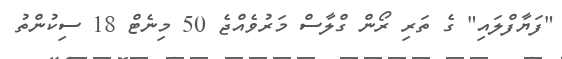
"ފަޔާފްލައި" ގެ ތަރި ރޯން ގްލާސް މަރުވެއްޖެ 50 މިނެޓް 18 ސިކުންތު